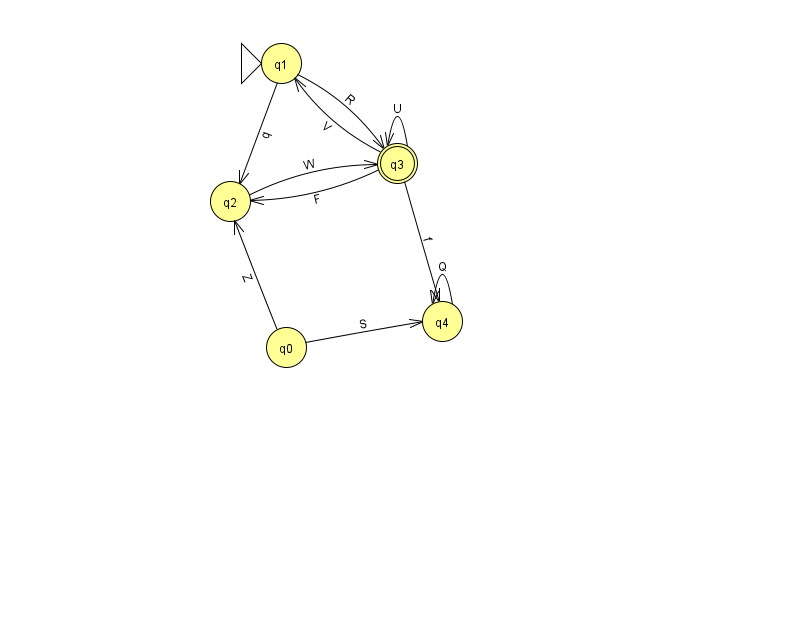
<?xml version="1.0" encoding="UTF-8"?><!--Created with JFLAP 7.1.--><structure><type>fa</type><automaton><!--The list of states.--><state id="0" name="q0"><x>286.0</x><y>334.0</y></state><state id="1" name="q1"><x>281.0</x><y>50.0</y><initial/></state><state id="2" name="q2"><x>230.0</x><y>188.0</y></state><state id="3" name="q3"><x>397.0</x><y>150.0</y><final/></state><state id="4" name="q4"><x>442.0</x><y>308.0</y></state><!--The list of transitions.--><transition><from>4</from><to>4</to><read>Q</read></transition><transition><from>3</from><to>3</to><read>U</read></transition><transition><from>3</from><to>2</to><read>F</read></transition><transition><from>2</from><to>3</to><read>W</read></transition><transition><from>1</from><to>3</to><read>R</read></transition><transition><from>1</from><to>2</to><read>q</read></transition><transition><from>0</from><to>2</to><read>Z</read></transition><transition><from>0</from><to>4</to><read>S</read></transition><transition><from>3</from><to>1</to><read>V</read></transition><transition><from>3</from><to>4</to><read>f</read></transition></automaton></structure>